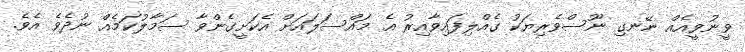
ވީނުވީއެއް ނޭނގި ނޫސްވެރިޔަކު ގެއްލިފައިވާއިރު އެ މައްސަލައަށް އެކަށީގެންވާ ސަމާލުކަމެއް ނުދެވެ އެވެ.